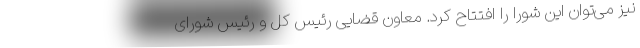
نیز می‌توان این شورا را افتتاح کرد. معاون قضایی رئیس کل و رئیس شورای